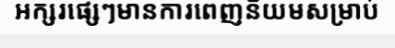
អក្សរផ្សេៗមានការពេញនិយមសម្រាប់